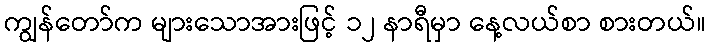
ကျွန်တော်က များသောအားဖြင့် ၁၂ နာရီမှာ နေ့လယ်စာ စားတယ်။